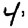
Digit: 4